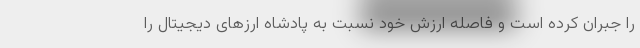
را جبران کرده است و فاصله ارزش خود نسبت به پادشاه ارزهای دیجیتال را